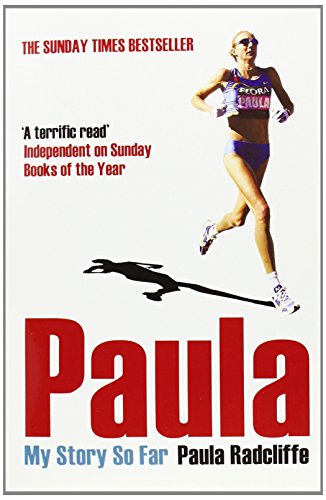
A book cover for Paula: My Story So Far; Paula Radcliffe; Sports & Outdoors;